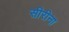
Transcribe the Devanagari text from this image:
सीरीना